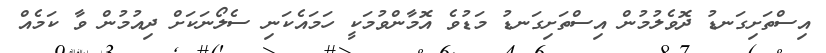
އިސްތަށިގަނޑު ދޮވެލުމުން އިސްތަށިގަނޑު މަޑުވެ އޮމާންވުމަކީ ހަމައެކަނި ސެލޯނަކަށް ދިއުމުން ވާ ކަމެއް